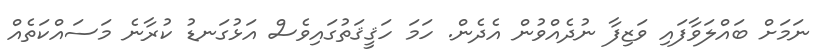
ނަމަށް ބައްލަވާފައި ވަޒިފާ ނުދެއްވުން އެދެން. ހަމަ ހަޤީޤަތުގައިވެސް އަޅުގަނޑު ކުރާނެ މަސައްކަތެއް